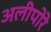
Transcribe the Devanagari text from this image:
अलीपोरे